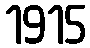
1915